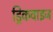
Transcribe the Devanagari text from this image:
ड्रिंकवाइज